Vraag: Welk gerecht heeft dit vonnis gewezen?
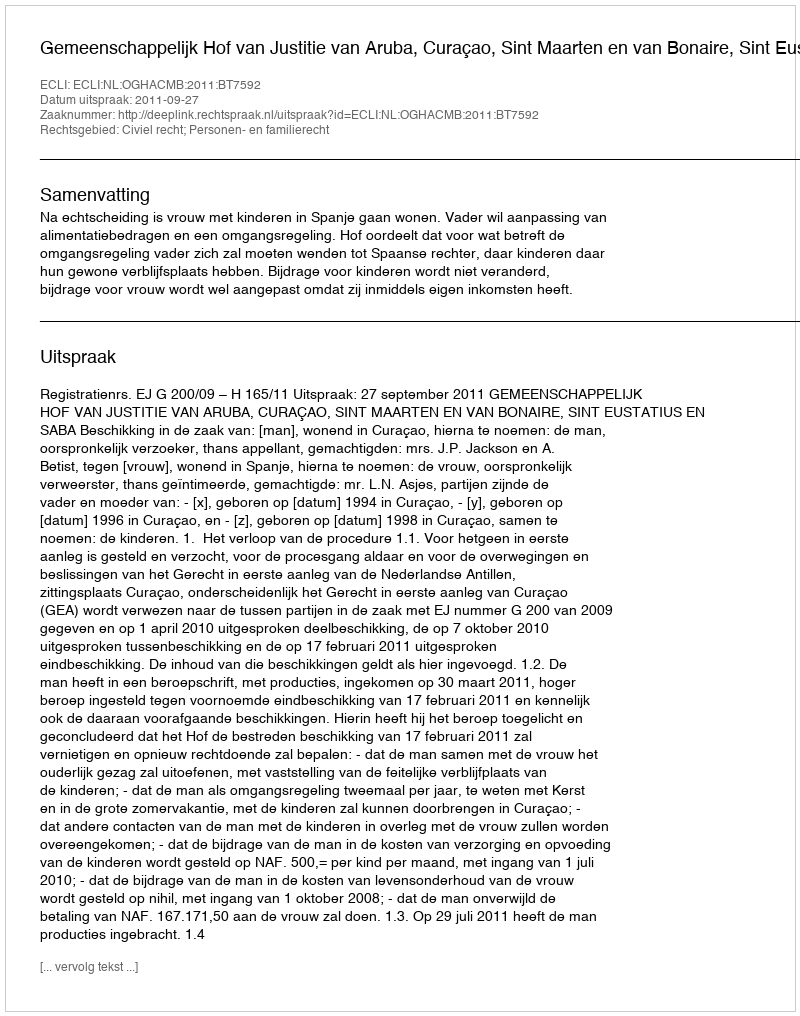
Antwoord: Gemeenschappelijk Hof van Justitie van Aruba, Curaçao, Sint Maarten en van Bonaire, Sint Eustatius en Saba